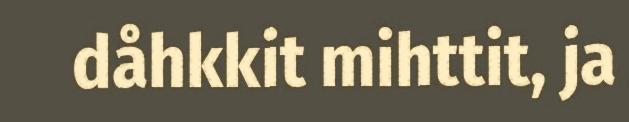
dåhkkit mihttit, ja